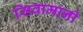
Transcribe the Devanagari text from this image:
सिवामानी